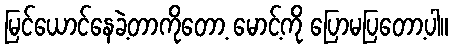
မြင်ယောင်နေခဲ့တာကိုတော့ မောင့်ကို ပြောမပြတော့ပါ။